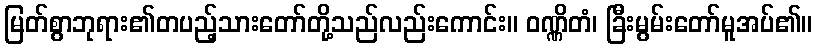
မြတ်စွာဘုရား၏တပည့်သားတော်တို့သည်လည်းကောင်း။ ဝဏ္ဏိတံ၊ ခြီးမွမ်းတော်မူအပ်၏။